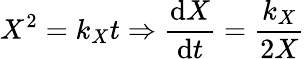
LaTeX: X^{2}=k_{X}t\Rightarrow\frac{\mathrm{d}X}{\mathrm{d}t}=\frac{k_{X}}{2X}